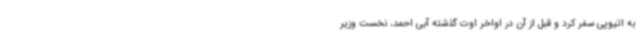
به اتیوپی سفر کرد و قبل از آن در اواخر اوت گذشته آبی احمد، نخست وزیر